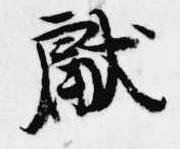
献